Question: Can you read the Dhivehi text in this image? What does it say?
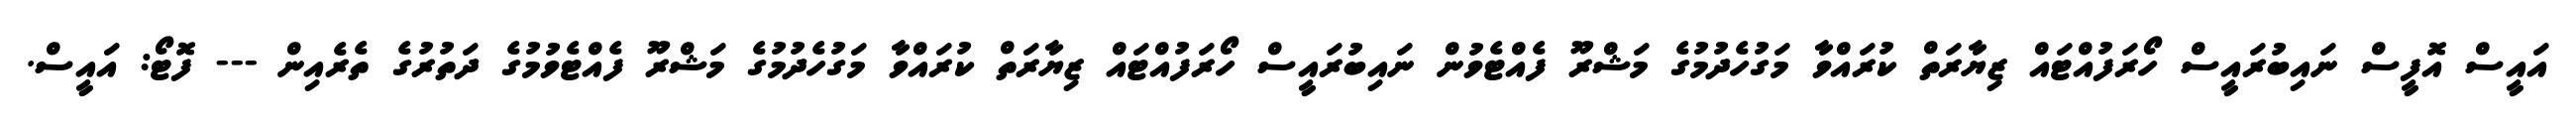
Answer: އައީސް އޮފީސް ނައިބުރައީސް ހޯރަފުއްޓައް ޒިޔާރަތް ކުރައްވާ މަގުހެދުމުގެ މަޝްރޫ ފެއްޓެވުން ނައިބުރައީސް ހޯރަފުއްޓައް ޒިޔާރަތް ކުރައްވާ މަގުހެދުމުގެ މަޝްރޫ ފެއްޓެވުމުގެ ދަތުރުގެ ތެރެއިން --- ފޮޓޯ: އައީސް.